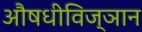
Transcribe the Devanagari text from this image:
औषधीविज्ञान